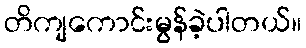
တိကျကောင်းမွန်ခဲ့ပါတယ်။